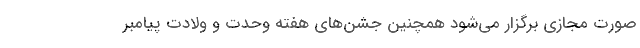
صورت مجازی برگزار می‌شود همچنین جشن‌های هفته وحدت و ولادت پیامبر